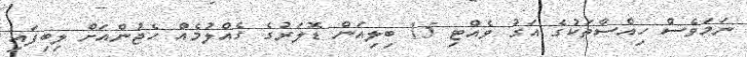
ނަމަވެސް ހިއްސާތަކުގެ އަގު ވެއްޓި 15 ބިލިއަން ޑޮލަރުގެ ގެއްލުމެއް ހެޖުންއަށް ލިބިފައި